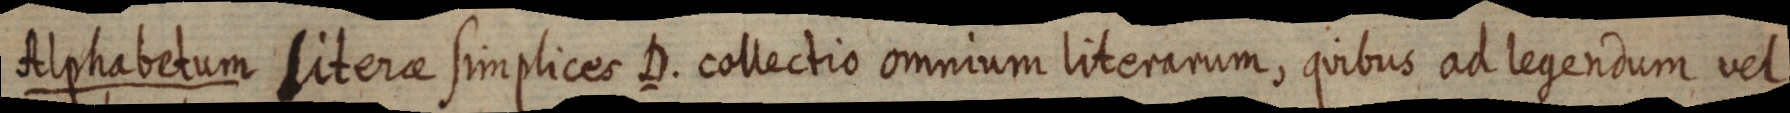
Alphabetum literae simplices D. collectio omnium literarum, quibus ad legendum vel